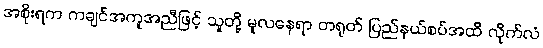
အစိုးရက ကချင်အကူအညီဖြင့် သူတို့ မူလနေရာ တရုတ် ပြည်နယ်စပ်အထိ လိုက်လံ